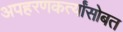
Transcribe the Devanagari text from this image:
अपहरणकर्त्यांसोबत